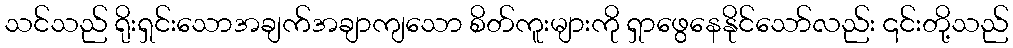
သင်သည် ရိုးရှင်းသောအချက်အချာကျသော စိတ်ကူးများကို ရှာဖွေနေနိုင်သော်လည်း ၎င်းတို့သည်